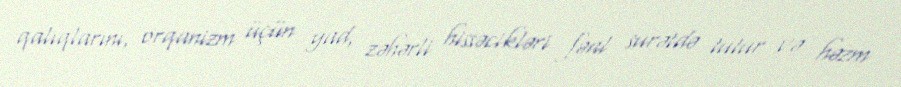
qalıqlarını, orqanizm üçün yad, zəhərli hissəcikləri fəal surətdə tutur və həzm